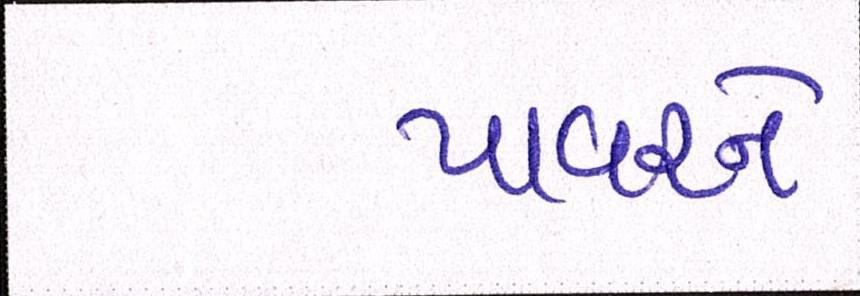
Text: પાવરને